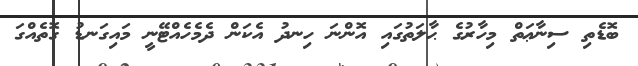
ބޮޑެތި ސިނާޢަތް މިހާރުގެ ޙާލަތުގައި އޮންނަ ހިނދު އެކަން ދެމެހެއްޓޭނީ މައިގަނޑު ގޮތެއްގަ